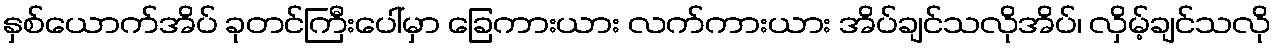
နှစ်ယောက်အိပ် ခုတင်ကြီးပေါ်မှာ ခြေကားယား လက်ကားယား အိပ်ချင်သလိုအိပ်၊ လှိမ့်ချင်သလို